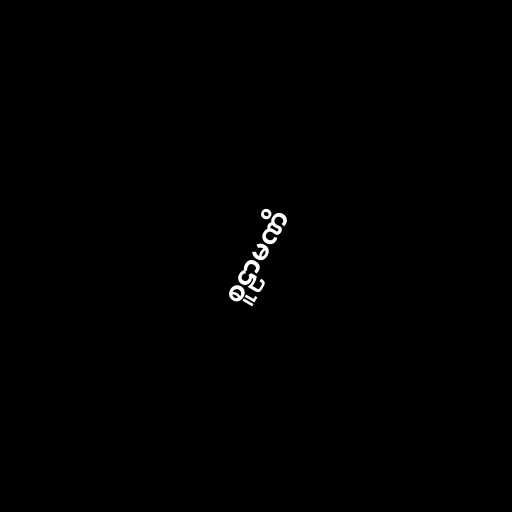
စူဠာမဏိ